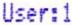
USER:1